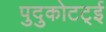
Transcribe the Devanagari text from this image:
पुदुकोटट्ई